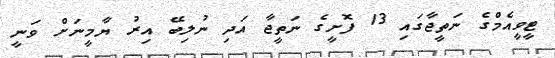
ޓީވީއެމްގެ ނަތީޖާގައި 13 ފޮށީގެ ނަތީޖާ އަދި ނުލިބޭ އިރު ޔާމީނަށް ވަނީ